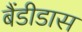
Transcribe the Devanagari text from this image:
बैंडीडास